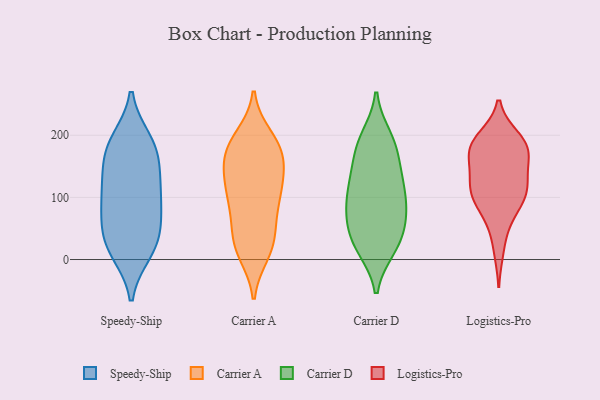
{"axis": {"x": "Energy Usage (MWh)", "y": "Value"}, "legend": ["Carrier A", "Carrier D", "Logistics-Pro", "Speedy-Ship"], "data": [{"x": "", "y": 97, "type": "Speedy-Ship"}, {"x": "", "y": 28, "type": "Speedy-Ship"}, {"x": "", "y": 12, "type": "Speedy-Ship"}, {"x": "", "y": 192, "type": "Speedy-Ship"}, {"x": "", "y": 72, "type": "Speedy-Ship"}, {"x": "", "y": 33, "type": "Speedy-Ship"}, {"x": "", "y": 128, "type": "Speedy-Ship"}, {"x": "", "y": 169, "type": "Speedy-Ship"}, {"x": "", "y": 151, "type": "Speedy-Ship"}, {"x": "", "y": 184, "type": "Speedy-Ship"}, {"x": "", "y": 47, "type": "Speedy-Ship"}, {"x": "", "y": 12, "type": "Speedy-Ship"}, {"x": "", "y": 188, "type": "Speedy-Ship"}, {"x": "", "y": 79, "type": "Speedy-Ship"}, {"x": "", "y": 127, "type": "Speedy-Ship"}, {"x": "", "y": 100, "type": "Speedy-Ship"}, {"x": "", "y": 186, "type": "Carrier A"}, {"x": "", "y": 116, "type": "Carrier A"}, {"x": "", "y": 152, "type": "Carrier A"}, {"x": "", "y": 174, "type": "Carrier A"}, {"x": "", "y": 19, "type": "Carrier A"}, {"x": "", "y": 162, "type": "Carrier A"}, {"x": "", "y": 10, "type": "Carrier A"}, {"x": "", "y": 102, "type": "Carrier A"}, {"x": "", "y": 81, "type": "Carrier A"}, {"x": "", "y": 38, "type": "Carrier A"}, {"x": "", "y": 113, "type": "Carrier A"}, {"x": "", "y": 184, "type": "Carrier A"}, {"x": "", "y": 17, "type": "Carrier A"}, {"x": "", "y": 134, "type": "Carrier A"}, {"x": "", "y": 33, "type": "Carrier A"}, {"x": "", "y": 197, "type": "Carrier A"}, {"x": "", "y": 141, "type": "Carrier A"}, {"x": "", "y": 95, "type": "Carrier A"}, {"x": "", "y": 183, "type": "Carrier A"}, {"x": "", "y": 66, "type": "Carrier A"}, {"x": "", "y": 101, "type": "Carrier D"}, {"x": "", "y": 192, "type": "Carrier D"}, {"x": "", "y": 84, "type": "Carrier D"}, {"x": "", "y": 178, "type": "Carrier D"}, {"x": "", "y": 18, "type": "Carrier D"}, {"x": "", "y": 18, "type": "Carrier D"}, {"x": "", "y": 178, "type": "Carrier D"}, {"x": "", "y": 123, "type": "Carrier D"}, {"x": "", "y": 81, "type": "Carrier D"}, {"x": "", "y": 146, "type": "Carrier D"}, {"x": "", "y": 130, "type": "Carrier D"}, {"x": "", "y": 64, "type": "Carrier D"}, {"x": "", "y": 197, "type": "Carrier D"}, {"x": "", "y": 24, "type": "Carrier D"}, {"x": "", "y": 37, "type": "Carrier D"}, {"x": "", "y": 121, "type": "Carrier D"}, {"x": "", "y": 80, "type": "Carrier D"}, {"x": "", "y": 49, "type": "Carrier D"}, {"x": "", "y": 113, "type": "Logistics-Pro"}, {"x": "", "y": 195, "type": "Logistics-Pro"}, {"x": "", "y": 17, "type": "Logistics-Pro"}, {"x": "", "y": 163, "type": "Logistics-Pro"}, {"x": "", "y": 124, "type": "Logistics-Pro"}, {"x": "", "y": 64, "type": "Logistics-Pro"}, {"x": "", "y": 170, "type": "Logistics-Pro"}, {"x": "", "y": 187, "type": "Logistics-Pro"}, {"x": "", "y": 187, "type": "Logistics-Pro"}, {"x": "", "y": 184, "type": "Logistics-Pro"}, {"x": "", "y": 112, "type": "Logistics-Pro"}, {"x": "", "y": 79, "type": "Logistics-Pro"}, {"x": "", "y": 117, "type": "Logistics-Pro"}, {"x": "", "y": 180, "type": "Logistics-Pro"}, {"x": "", "y": 109, "type": "Logistics-Pro"}, {"x": "", "y": 153, "type": "Logistics-Pro"}, {"x": "", "y": 97, "type": "Logistics-Pro"}]}